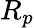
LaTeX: R_{p}